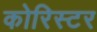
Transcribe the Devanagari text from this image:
कोरिस्टर